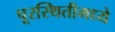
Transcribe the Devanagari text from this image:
पूरस्थितीमध्ये